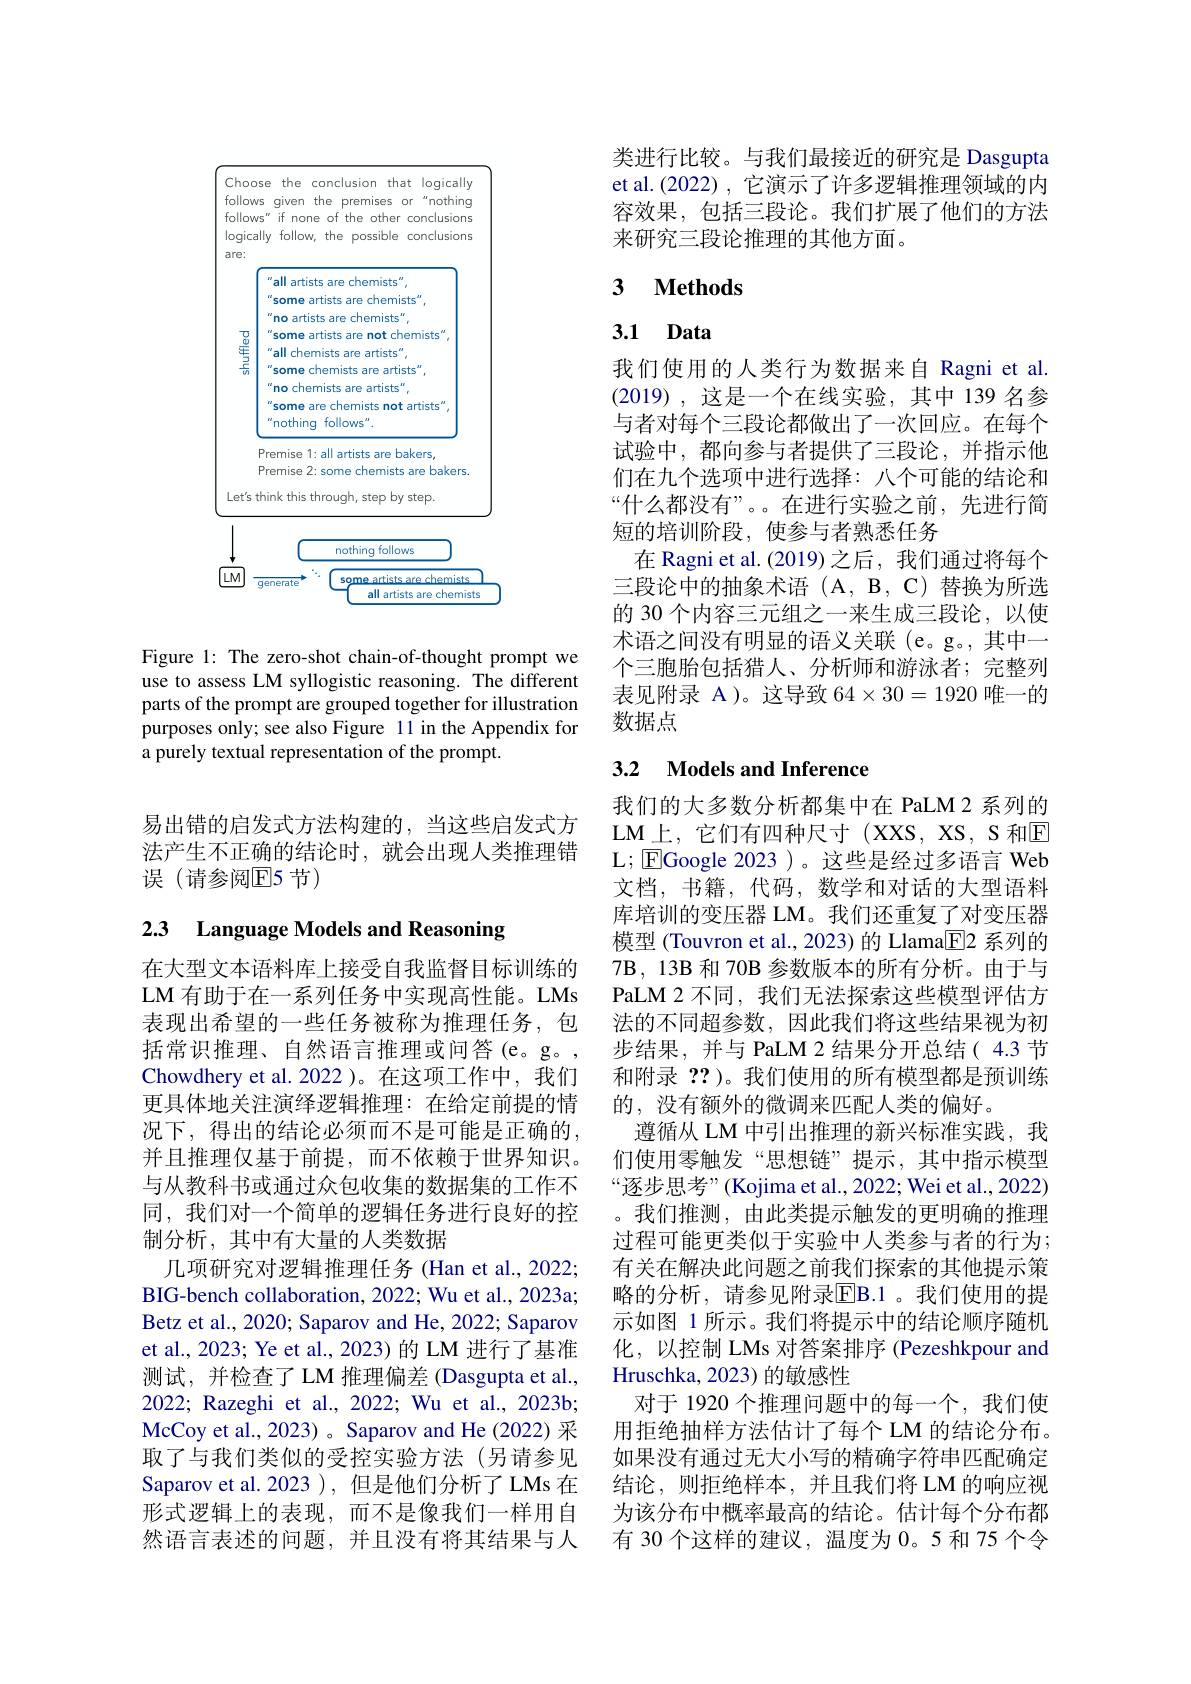
<FigureHere>

Figure 1: The zero-shot chain-of-thought prompt we use to assess LM syllogistic reasoning. The different parts of the prompt are grouped together for illustration purposes only; see also Figure 11 in the Appendix for a purely textual representation of the prompt.

易出错的启发式方法构建的，当这些启发式方法产生不正确的结论时，就会出现人类推理错误(请参阅$\mathbb{E}$5节)

### 2.3 Language Models and Reasoning

在大型文本语料库上接受自我监督目标训练的LM 有助于在一系列任务中实现高性能。LMs 表现出希望的一些任务被称为推理任务，包括常识推理、自然语言推理或问答(e。g。, Chowdhery et al. 2022 )。在这项工作中，我们更具体地关注演绎逻辑推理：在给定前提的情况下，得出的结论必须而不是可能是正确的， 并且推理仅基于前提，而不依赖于世界知识。与从教科书或通过众包收集的数据集的工作不同，我们对一个简单的逻辑任务进行良好的控制分析，其中有大量的人类数据
几项研究对逻辑推理任务 (Han et al., 2022; BIG-bench collaboration, 2022; Wu et al., 2023a; Betz et al., 2020; Saparov and He, 2022; Saparov et al., 2023; Ye et al., 2023) 的 LM 进行了基准测试，并检查了 LM 推理偏差 (Dasgupta et al., 2022; Razeghi et al., 2022; Wu et al., 2023b; McCoy et al.,2023) 。Saparov and He (2022) 采取了与我们类似的受控实验方法(另请参见Saparov et al. 2023 ), 但是他们分析了 LMs 在形式逻辑上的表现，而不是像我们一样用自然语言表述的问题，并且没有将其结果与人

类进行比较。与我们最接近的研究是 Dasgupta et al.(2022),它演示了许多逻辑推理领域的内容效果，包括三段论。我们扩展了他们的方法来研究三段论推理的其他方面。

## 3 $\textbf{Methods}$

# 3.1 Data

我们使用的人类行为数据来自 Ragni et al. (2019),这是一个在线实验，其中 139名参与者对每个三段论都做出了一次回应。在每个试验中，都向参与者提供了三段论，并指示他们在九个选项中进行选择：八个可能的结论和“什么都没有”。。在进行实验之前，先进行简短的培训阶段，使参与者熟悉任务
在 Ragni et al.(2019)之后，我们通过将每个三段论中的抽象术语 (A,B,C) 替换为所选的 30 个内容三元组之一来生成三段论，以使术语之间没有明显的语义关联 (e。g。,其中一个三胞胎包括猎人、分析师和游泳者；完整列表见附录 A)。这导致$64\times30=1920$唯一的数据点

# 3.2 Models and Inference

我们的大多数分析都集中在 PaLM 2 系列的LM上，它们有四种尺寸(XXS,XS,S和$\overline{\mathrm{E}}$ L; $\boxed{\mathrm{F}}$Google 2023 )。这些是经过多语言 Web 文档，书籍，代码，数学和对话的大型语料库培训的变压器 LM。我们还重复了对变压器模型 (Touvron et al., 2023) 的 Llama$\overline{\mathrm{E}}$2 系列的7B, 13B 和 70B 参数版本的所有分析。由于与PaLM 2 不同，我们无法探索这些模型评估方法的不同超参数，因此我们将这些结果视为初步结果，并与 PaLM 2 结果分开总结( 4.3 节和附录？? )。我们使用的所有模型都是预训练的，没有额外的微调来匹配人类的偏好。
遵循从 LM 中引出推理的新兴标准实践，我们使用零触发“思想链”提示，其中指示模型“逐步思考”(Kojima et al., 2022; Wei et al., 2022) 。我们推测，由此类提示触发的更明确的推理过程可能更类似于实验中人类参与者的行为； 有关在解决此问题之前我们探索的其他提示策略的分析，请参见附录$\overline{\mathrm{EB.1~}}$。我们使用的提示如图 1 所示。我们将提示中的结论顺序随机化，以控制 LMs 对答案排序 (Pezeshkpour and Hruschka, 2023) 的敏感性
对于 1920 个推理问题中的每一个，我们使用拒绝抽样方法估计了每个 LM 的结论分布。如果没有通过无大小写的精确字符串匹配确定结论，则拒绝样本，并且我们将 LM 的响应视为该分布中概率最高的结论。估计每个分布都有 30 个这样的建议，温度为 0。5 和 75 个令